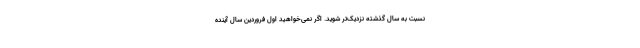
نسبت به سال گذشته نزدیک­تر شوید. اگر نمی­خواهید اول فروردین سال آینده